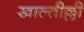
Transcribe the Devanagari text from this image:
खाल्तील्ली